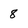
Character: 8